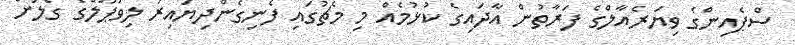
ސްޕެއިންގެ ވިޔަރެއާލްގެ ފަރާތުން އާދައިގެ ކުޅުމެއް މި މެޗުގައި ފެނިގެންދިޔައިރު ލިވަޕޫލްގެ ގޯލަށް